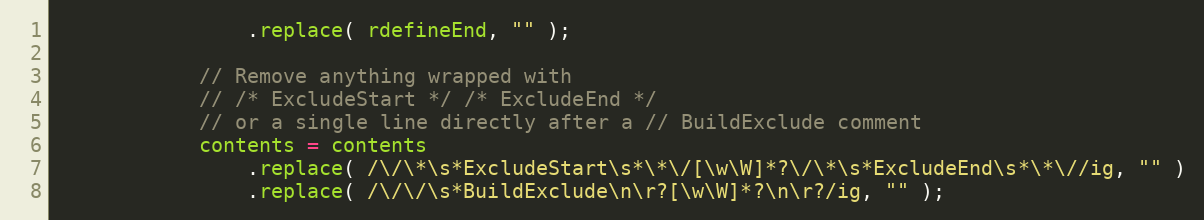
Language: JavaScript
				.replace( rdefineEnd, "" );

			// Remove anything wrapped with
			// /* ExcludeStart */ /* ExcludeEnd */
			// or a single line directly after a // BuildExclude comment
			contents = contents
				.replace( /\/\*\s*ExcludeStart\s*\*\/[\w\W]*?\/\*\s*ExcludeEnd\s*\*\//ig, "" )
				.replace( /\/\/\s*BuildExclude\n\r?[\w\W]*?\n\r?/ig, "" );